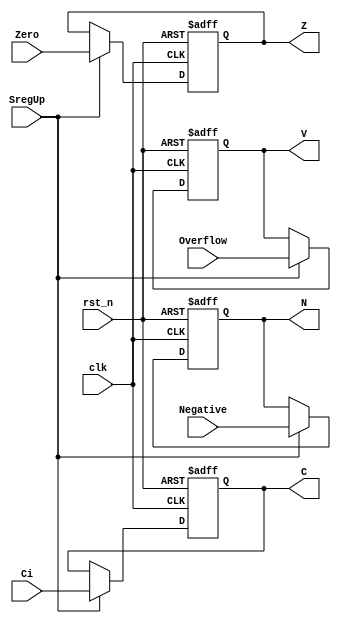
module status_reg(
  clk       ,           
  rst_n     ,       
  Negative  ,      
  Zero      ,  
  Ci        ,    
  Overflow  , 
  SregUp    ,  // Update status register flag
  N         ,  // Negative
  Z         ,  // Zero      
  C         ,  // Carry    
  V            // oVerflow         
  );

  input                           clk       ;              
  input                           rst_n     ;           
  input                           Negative  ;                
  input                           Zero      ;                
  input                           Ci        ;                
  input                           Overflow  ;                
  input                           SregUp    ;                
  output                          N         ;                
  output                          Z         ;                
  output                          C         ;                
  output                          V         ;                

  wire                            clk       ;              
  wire                            rst_n     ;           
  wire                            Negative  ;                
  wire                            Zero      ;                
  wire                            Ci        ;                
  wire                            Overflow  ;                
  wire                            SregUp    ;                
  reg                             N         ;                
  reg                             Z         ;                
  reg                             C         ;                
  reg                             V         ;                

  always @( posedge clk or negedge rst_n ) begin
    if( ~rst_n ) begin
      {N, Z, V, C} <= #1 4'b0000;
    end
    else if( SregUp ) begin
      {N, Z, V, C} <= #1 {Negative, Zero, Overflow, Ci};
    end
  end      

endmodule